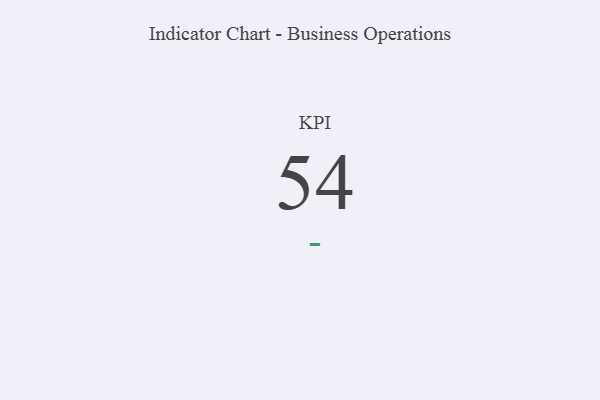
{"axis": {"x": "KPI", "y": "Value"}, "legend": [""], "data": [{"x": "KPI", "y": 54, "type": ""}]}